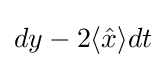
dy-2\langle {\hat {x}}\rangle dt